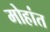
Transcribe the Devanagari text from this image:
मोहांत